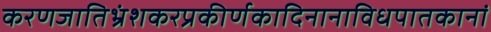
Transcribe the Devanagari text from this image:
करणजातिभ्रंशकरप्रकीर्णकादिनानाविधपातकानां